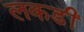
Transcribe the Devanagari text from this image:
लकडीं